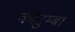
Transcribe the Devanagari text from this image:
कोटुम्बा